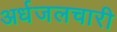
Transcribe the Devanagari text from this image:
अर्धजलचारी